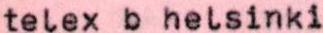
telex b helsinki